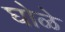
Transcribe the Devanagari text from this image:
घोळे